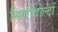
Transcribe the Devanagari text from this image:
मिलीवोल्टों